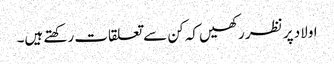
اولاد پر نظر رکھیں کہ کن سے تعلقات رکھتے ہیں۔